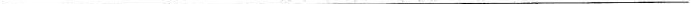
___